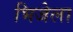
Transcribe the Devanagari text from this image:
भिजेला